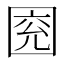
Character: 𡇰